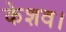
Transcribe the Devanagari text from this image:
केशव।